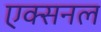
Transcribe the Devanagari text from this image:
एक्सनल